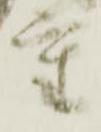
重